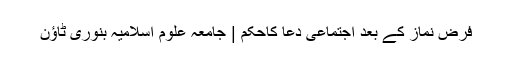
فرض نماز کے بعد اجتماعی دعا کاحکم | جامعہ علوم اسلامیہ بنوری ٹاؤن